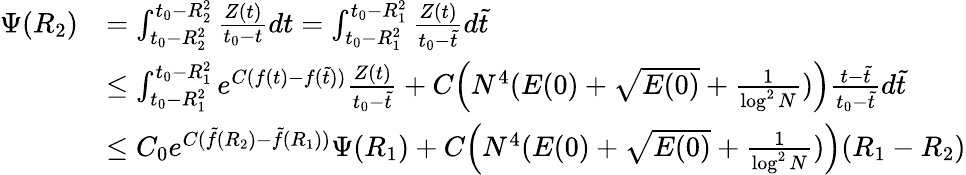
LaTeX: \begin{array}{rl}{\Psi(R_{2})}&{=\int_{t_{0}-R_{2}^{2}}^{t_{0}-R_{2}^{2}}\frac{Z(t)}{t_{0}-t}dt=\int_{t_{0}-R_{1}^{2}}^{t_{0}-R_{1}^{2}}\frac{Z(t)}{t_{0}-\tilde{t}}d\tilde{t}}\\ &{\leq\int_{t_{0}-R_{1}^{2}}^{t_{0}-R_{1}^{2}}e^{C(f(t)-f(\tilde{t}))}\frac{Z(t)}{t_{0}-\tilde{t}}+C\Big(N^{4}(E(0)+\sqrt{E(0)}+\frac{1}{\log^{2}N})\Big)\frac{t-\tilde{t}}{t_{0}-\tilde{t}}d\tilde{t}}\\ &{\leq C_{0}e^{C(\tilde{f}(R_{2})-\tilde{f}(R_{1}))}\Psi(R_{1})+C\Big(N^{4}(E(0)+\sqrt{E(0)}+\frac{1}{\log^{2}N})\Big)(R_{1}-R_{2})}\end{array}